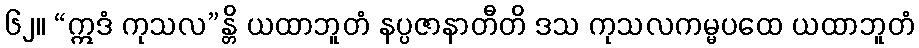
၆၂။ “ဣဒံ ကုသလ”န္တိ ယထာဘူတံ နပ္ပဇာနာတီတိ ဒသ ကုသလကမ္မပထေ ယထာဘူတံ